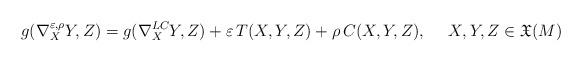
LaTeX: \begin{align*}g(\nabla^{\varepsilon,\rho}_XY, Z) = g(\nabla^{LC}_X Y, Z) + \varepsilon\,T(X,Y,Z) + \rho\,C(X,Y,Z), \quad\ X,Y,Z\in \mathfrak{X}(M)\end{align*}